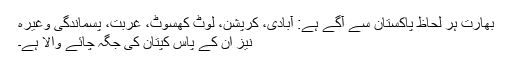
بھارت ہر لحاظ پاکستان سے آگے ہے: آبادی، کرپشن، لوٹ کھسوٹ، غربت، پسماندگی وغیرہ
نیز ان کے پاس کپتان کی جگہ چائے والا ہے۔